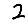
Digit: 2